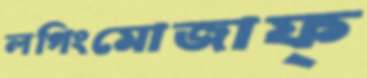
লগিংমোজাফ্